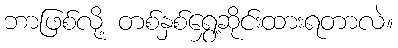
ဘာဖြစ်လို့ တစ်နှစ်ရွှေ့ဆိုင်းထားရတာလဲ။